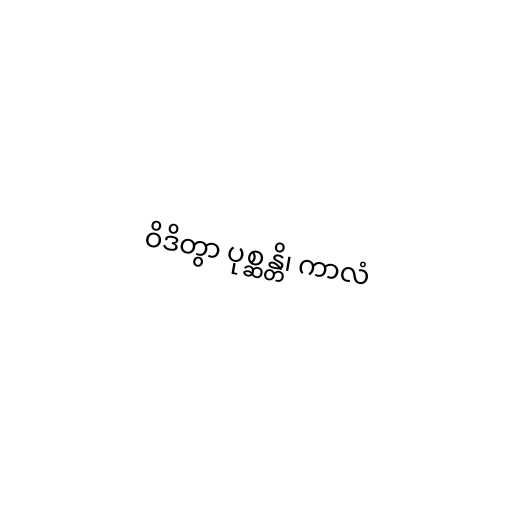
ဝိဒိတွာ ပုစ္ဆန္တိ၊ ကာလံ